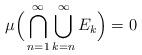
LaTeX: \begin{align*}\mu \Big(\bigcap_{n = 1}^\infty \bigcup_{k = n}^\infty E_k\Big) = 0\end{align*}